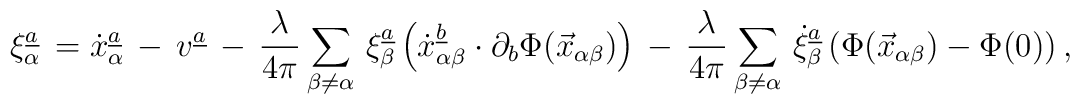
\xi_{\alpha}\sp{\underline{a}}\,=\dot x_{\alpha}\sp{\underline{a}}\,-\,v\sp{\underline{a}}\,-\,{\lambda\over 4\pi}\sum_{\beta\ne\alpha}\,\xi_{\beta}\sp{\underline{a}}\left( \dot x_{\alpha\beta}\sp{\underline{b}}\cdot \partial_b\Phi(\vec{x}_{\alpha\beta})\right)\,-\,{\lambda\over 4\pi}\sum_{\beta\ne\alpha}\,\dot\xi_{\beta}\sp{\underline{a}}\left( \Phi(\vec{x}_{\alpha\beta})-\Phi(0)\right),